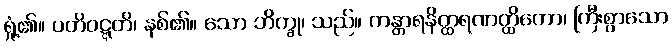
ရှုံ့၏။ ပတိဝဋ္ဋတိ၊ နစ်၏။ သော ဘိက္ခု၊ သည်။ ကန္တာရနိတ္ထရဏတ္ထိကော၊ ကြီးစွာသော